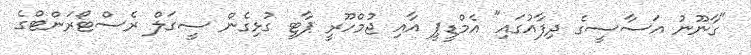
"ގާނޫނު އަސާސީގެ ދިފާއުގައި" އެމްޑީޕީ އާއި ޖުމްހޫރީ ޕާޓީ ގުޅިގެން ސީގަލް ރެސްޓޯރަންޓްގެ